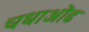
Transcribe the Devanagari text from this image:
चधाऒढ